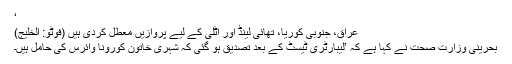
‘
عراق، جنوبی کوریا، تھائی لینڈ اور اٹلی کے لیے پروازیں معطل کردی ہیں (فوٹو: الخلیج)
بحرینی وزارت صحت نے کہا ہے کہ ’لیبارٹری ٹیسٹ کے بعد تصدیق ہو گئی کہ شہری خاتون کورونا وائرس کی حامل ہیں۔